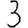
Digit: 3